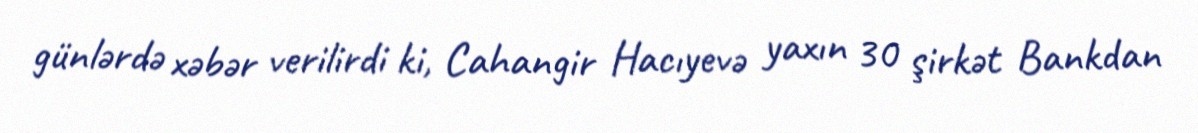
günlərdə xəbər verilirdi ki, Cahangir Hacıyevə yaxın 30 şirkət Bankdan